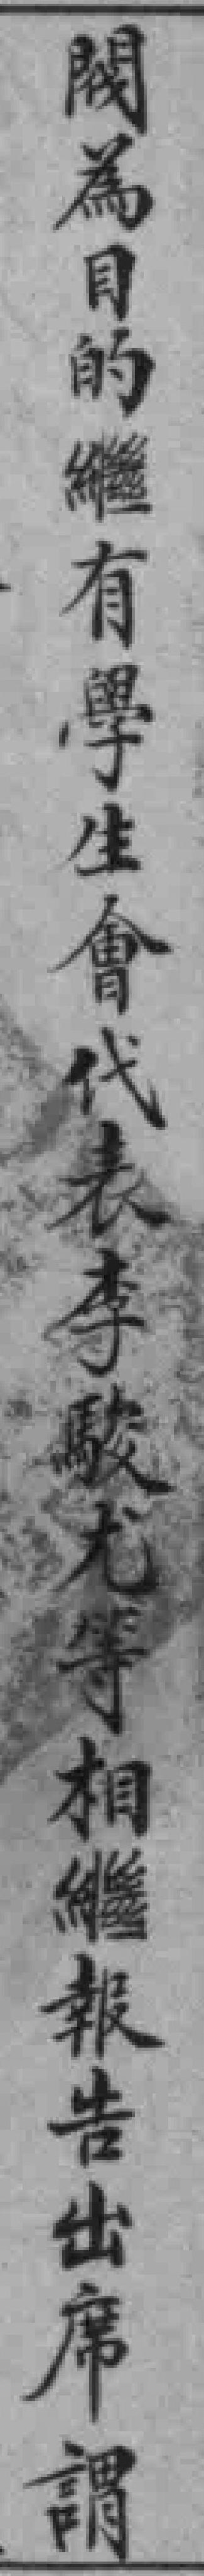
閥為目的繼有學生會代表李駿尤等相繼報告出席謂